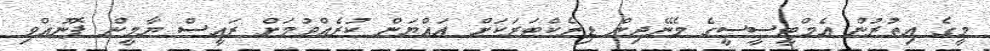
މީގެ އިތުރުން އެމްޓީސީސީގެ މެނޭޖިން ޑިރެކްޓަރަކަށް އައްޔަން ކުރެއްވުމަށް ރައީސް ޔާމީން ފޮނުއްވި